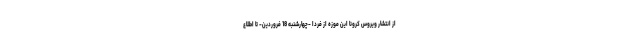
از انتشار ویروس کرونا این موزه از فردا -چهارشنبه 18 فروردین- تا اطلاع